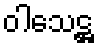
ဝါသေဋ္ဌ